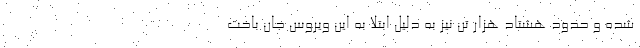
شده‌ و حدود هشتاد هزار تن نیز به دلیل ابتلا به این ویروس جان باخت